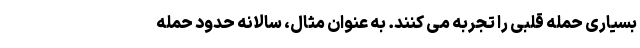
بسیاری حمله قلبی را تجربه می کنند. به عنوان مثال، سالانه حدود حمله